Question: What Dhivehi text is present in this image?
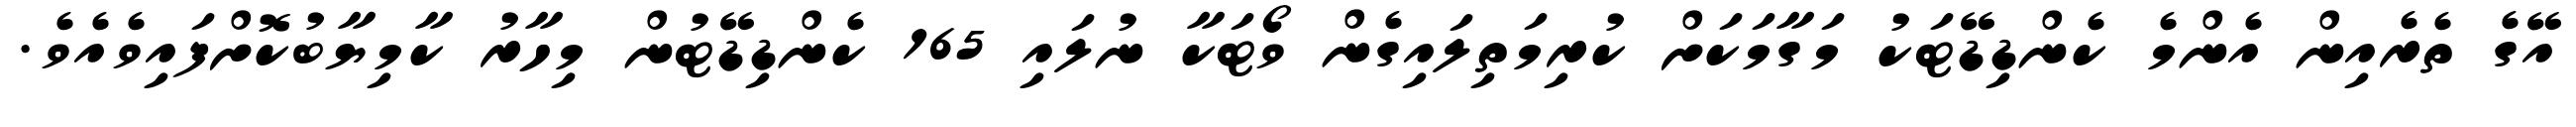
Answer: އޭގެ ތެރެއިން އެންމެ ކެންޑިޑޭޓަކު މަގާމަކަށް ކުރިމަތިލައިގެން ވޯޓަކާ ނުލައި 165 ކެންޑިޑޭޓުން މިހާރު ކާމިޔާބުކޮށްފައިވެއެވެ.